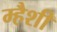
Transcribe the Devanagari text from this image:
म्हैशी